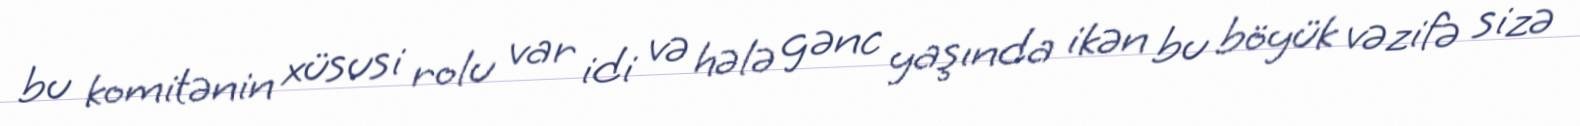
bu komitənin xüsusi rolu var idi və hələ gənc yaşında ikən bu böyük vəzifə sizə